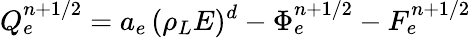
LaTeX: {Q}_{e}^{n+1/2}=a_{e}\, (\rho_{L}E)^{d}-{\Phi}_{e}^{n+1/2}-F_{e}^{n+1/2}